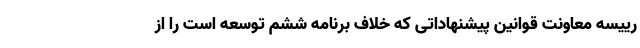
رییسه معاونت قوانین پیشنهاداتی که خلاف برنامه ششم توسعه است را از